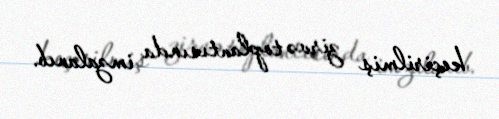
keçirilmiş zirvə toplantısında imzalanıb.